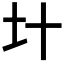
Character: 𡈿